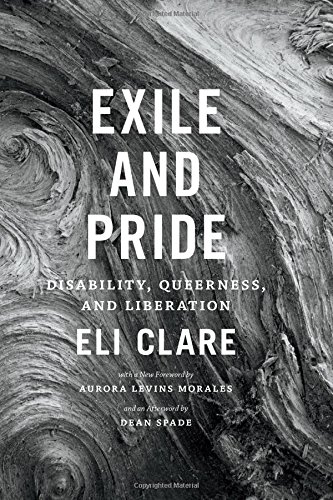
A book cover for Exile and Pride: Disability, Queerness, and Liberation; Eli Clare; Gay & Lesbian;